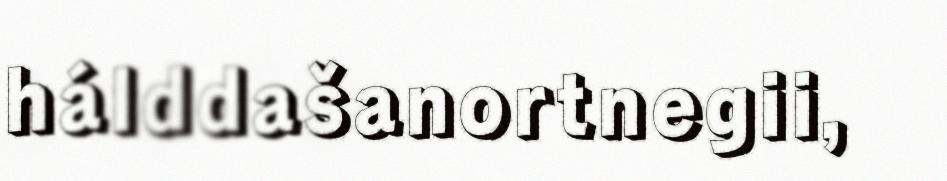
hálddašanortnegii,